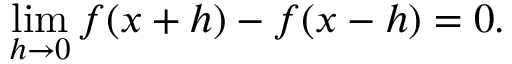
\operatorname* { l i m } _ { h \to 0 } f ( x + h ) - f ( x - h ) = 0 .